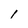
Character: 1